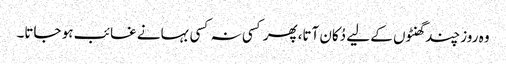
وہ روز چند گھنٹوں کے لیے دُکان آتا،پھر کسی نہ کسی بہانے غائب ہو جاتا۔